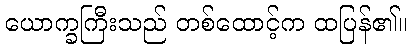
ယောက္ခကြီးသည် တစ်ထောင့်က ထပြန်၏။